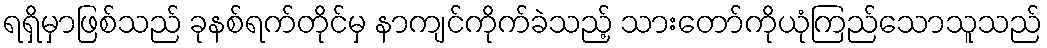
ရရှိမှာဖြစ်သည် ခုနစ်ရက်တိုင်မှ နာကျင်ကိုက်ခဲသည့် သားတော်ကိုယုံကြည်သောသူသည်